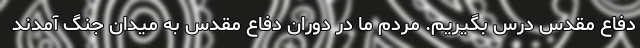
دفاع مقدس درس بگیریم. مردم ما در دوران دفاع مقدس به میدان جنگ آمدند